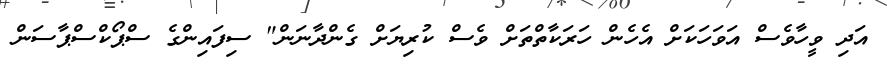
އަދި ވީހާވެސް އަވަހަކަށް އެހެން ހަރަކާތްތަށް ވެސް ކުރިޔަށް ގެންދާނަން" ސިފައިންގެ ސްޕޯކްސްޕާސަން